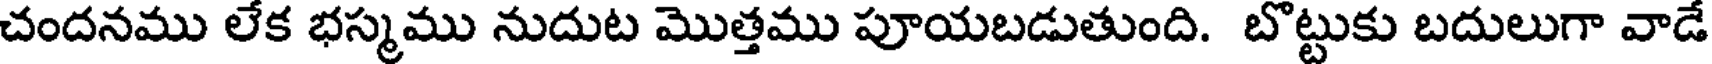
చందనము లేక భస్మము నుదుట మొత్తము పూయబడుతుంది. బొట్టుకు బదులుగా వాడే